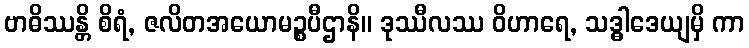
ဗာဓိဿန္တိ စိရံ, ဇလိတအယောမဉ္စပီဌာနိ။ ဒုဿီလဿ ဝိဟာရေ, သဒ္ဓါဒေယျမှိ ကာ